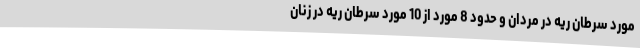
مورد سرطان ریه در مردان و حدود 8 مورد از 10 مورد سرطان ریه در زنان